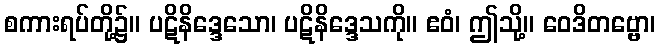
စကားရပ်တို့၌။ ပဋိနိဒ္ဒေသော၊ ပဋိနိဒ္ဒေသကို။ ဧဝံ၊ ဤသို့။ ဝေဒိတဗ္ဗော၊